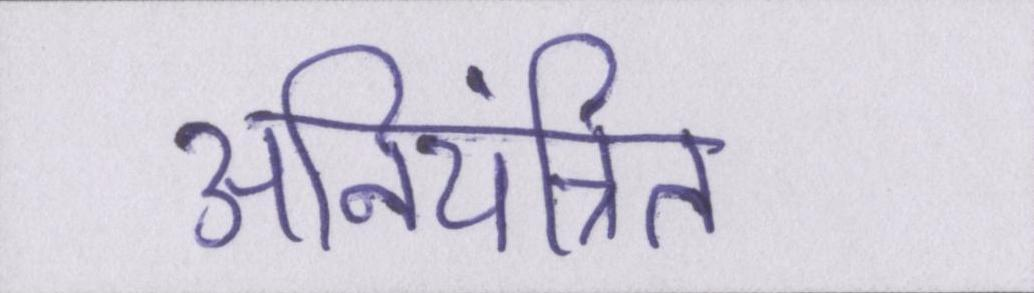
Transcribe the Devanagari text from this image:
अनियंत्रित